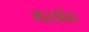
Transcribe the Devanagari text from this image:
मस्ग्रोव्ह